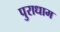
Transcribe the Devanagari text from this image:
पुराधाम